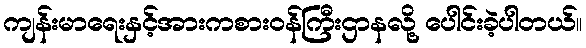
ကျန်းမာရေးနှင့်အားကစားဝန်ကြီးဌာနလို့ ပေါင်းခဲ့ပါတယ်။